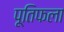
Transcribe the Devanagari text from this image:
पूतिफला